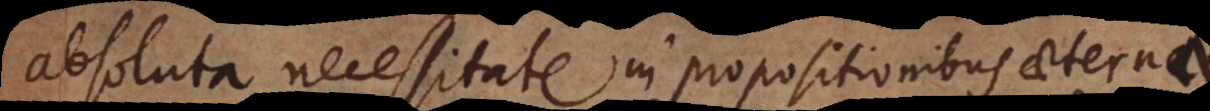
absoluta necessitate in propositionibus aeternae